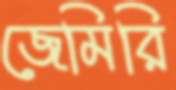
জেমিরি